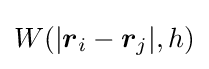
W(|{\boldsymbol {r}}_{i}-{\boldsymbol {r}}_{j}|,h)